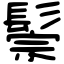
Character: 鬃